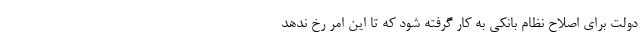
دولت برای اصلاح نظام بانکی به کار گرفته شود که تا این امر رخ ندهد